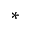
\ast